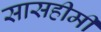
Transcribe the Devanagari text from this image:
सासहीमी